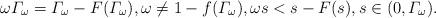
LaTeX: \begin{align*}\omega \varGamma_\omega = \varGamma_\omega-F(\varGamma_\omega),\omega \ne 1-f(\varGamma_\omega), \omega s < s-F(s), s \in (0, \varGamma_\omega).\end{align*}